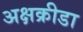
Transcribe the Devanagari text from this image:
अक्षक्रीडा